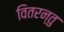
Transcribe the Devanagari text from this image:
वितरन्तु